Indian journal of veterinary science and animal husbandry - Volumes 24-25, 1954-1955
Year: 1954
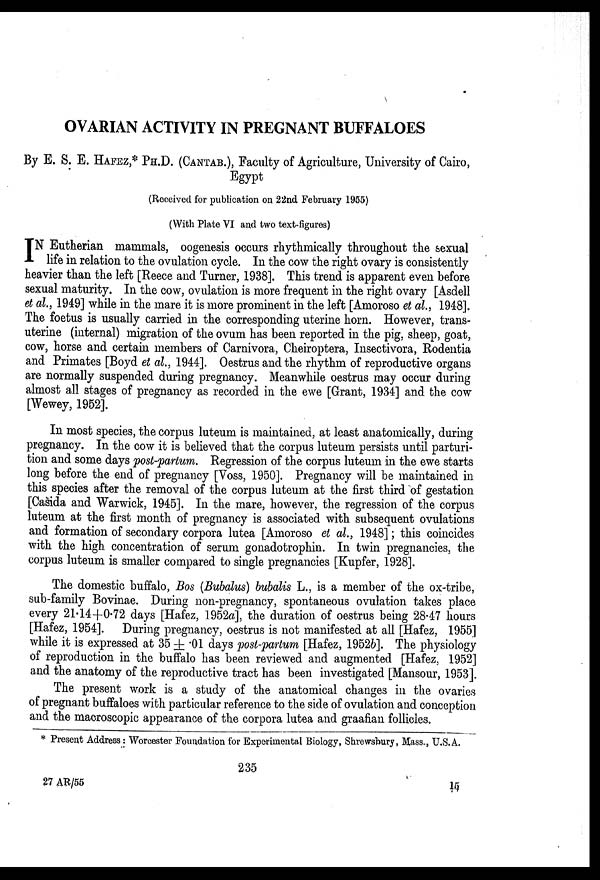
OVARIAN ACTIVITY IN PREGNANT BUFFALOES
By E. S. E. HAFEZ,* PH.D. (CANTAB.), Faculty of Agriculture, University of Cairo,
Egypt
(Received for publication on 22nd February 1955)
(With Plate VI and two text-figures)
I N Eutherian mammals, oogenesis occurs rhythmically throughout the sexual
life in relation to the ovulation cycle. In the cow the right ovary is consistently
heavier than the left [Reece and Turner, 1938]. This trend is apparent even before
sexual maturity. In the cow, ovulation is more frequent in the right ovary [Asdell
et al., 1949] while in the mare it is more prominent in the left [Amoroso et al., 1948].
The foetus is usually carried in the corresponding uterine horn. However, trans-
uterine (internal) migration of the ovum has been reported in the pig, sheep, goat,
cow, horse and certain members of Carnivora, Cheiroptera, Insectivora, Rodentia
and Primates [Boyd et al., 1944]. Oestrus and the rhythm of reproductive organs
are normally suspended during pregnancy. Meanwhile oestrus may occur during
almost all stages of pregnancy as recorded in the ewe [Grant, 1934] and the cow
[Wewey, 1952].
In most species, the corpus luteum is maintained, at least anatomically, during
pregnancy. In the cow it is believed that the corpus luteum persists until parturi-
tion and some days post-partum. Regression of the corpus luteum in the ewe starts
long before the end of pregnancy [Voss, 1950]. Pregnancy will be maintained in
this species after the removal of the corpus luteum at the first third of gestation
[Casida and Warwick, 1945]. In the mare, however, the regression of the corpus
luteum at the first month of pregnancy is associated with subsequent ovulations
and formation of secondary corpora lutea [Amoroso et al., 1948]; this coincides
with the high concentration of serum gonadotrophin. In twin pregnancies, the
corpus luteum is smaller compared to single pregnancies [Kupfer, 1928].
The domestic buffalo, Bos (Bubalus) bubalis L., is a member of the ox-tribe,
sub-family Bovinae. During non-pregnancy, spontaneous ovulation takes place
every 21.14+0.72 days [Hafez, 1952a], the duration of oestrus being 28.47 hours
[Hafez, 1954]. During pregnancy, oestrus is not manifested at all [Hafez, 1955]
while it is expressed at 35 ± .01 days post-partum [Hafez, 1952b]. The physiology
of reproduction in the buffalo has been reviewed and augmented [Hafez, 1952]
and the anatomy of the reproductive tract has been investigated [Mansour, 1953].
The present work is a study of the anatomical changes in the ovaries
of pregnant buffaloes with particular reference to the side of ovulation and conception
and the macroscopic appearance of the corpora lutea and graafian follicles.
* Present Address: Worcester Foundation for Experimental Biology, Shrewsbury, Mass., U.S.A.
235
27 AR/55
15